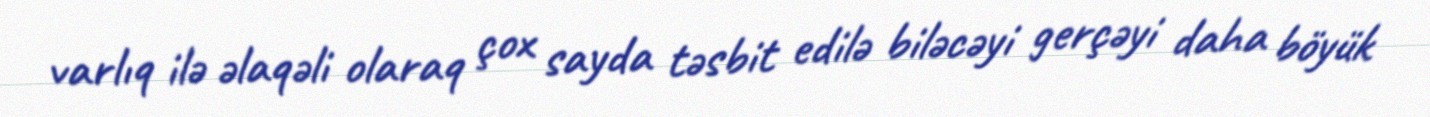
varlıq ilə əlaqəli olaraq çox sayda təsbit edilə biləcəyi gerçəyi daha böyük